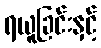
ရယူခြင်းနှင့်